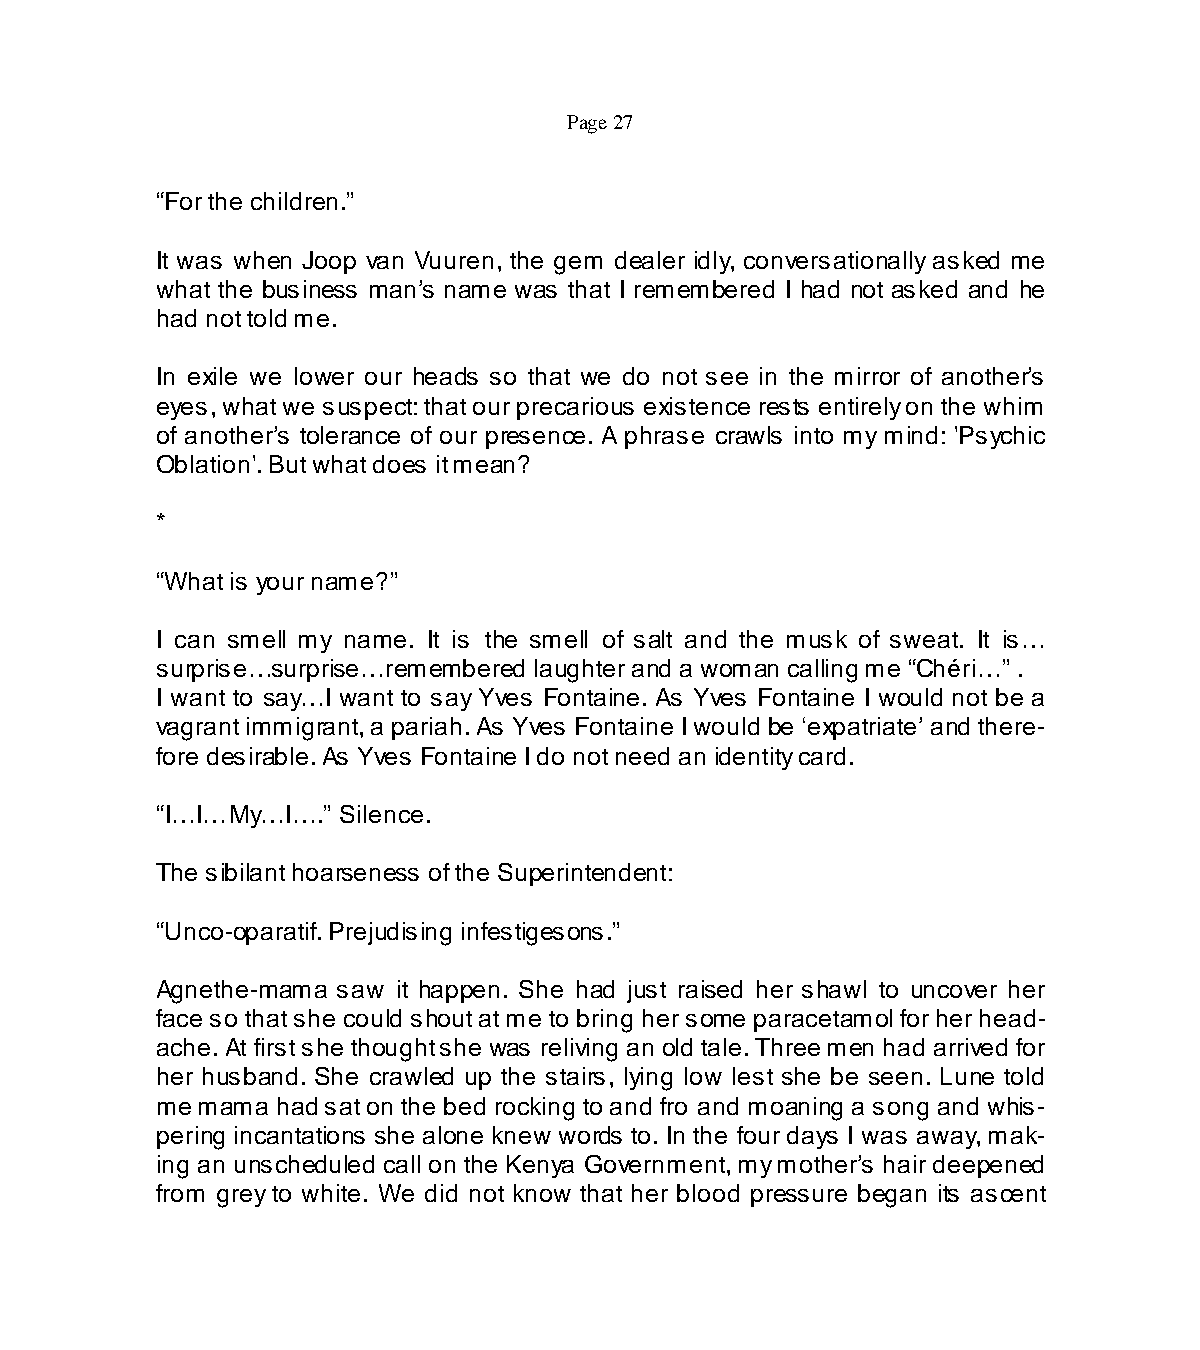
Page 27
 “For the children.”
 It was when Joop van Vuuren, the gem dealer idly, conversationally asked me
 what the business man’s name was that I remembered I had not asked and he
 had not told me.
 In exile we lower our heads so that we do not see in the mirror of another’s
 eyes, what we suspect: that our precarious existence rests entirely on the whim
 of another’s tolerance of our presence. A phrase crawls into my mind: 'Psychic
 Oblation'. But what does it mean?
 *
 “What is your name?”
 I can smell my name. It is the smell of salt and the musk of sweat. It is…
 surprise…surprise…remembered laughter and a woman calling me “Chéri…” .
 I want to say…I want to say Yves Fontaine. As Yves Fontaine I would not be a
 vagrant immigrant, a pariah. As Yves Fontaine I would be ‘expatriate’ and there-
 fore desirable. As Yves Fontaine I do not need an identity card.
 “I…I…My…I….” Silence.
 The sibilant hoarseness of the Superintendent:
 “Unco-oparatif. Prejudising infestigesons.”
 Agnethe-mama saw it happen. She had just raised her shawl to uncover her
 face so that she could shout at me to bring her some paracetamol for her head-
 ache. At first she thought she was reliving an old tale. Three men had arrived for
 her husband. She crawled up the stairs, lying low lest she be seen. Lune told
 me mama had sat on the bed rocking to and fro and moaning a song and whis-
 pering incantations she alone knew words to. In the four days I was away, mak-
 ing an unscheduled call on the Kenya Government, my mother’s hair deepened
 from grey to white. We did not know that her blood pressure began its ascent